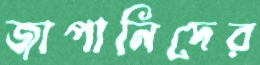
জাপানিদের